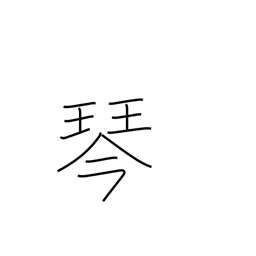
Meaning: koto